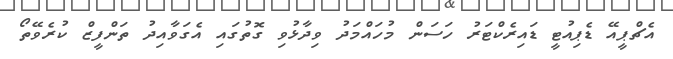
އެޗްޕީއޭ ޑެޕިއުޓީ ޑައިރެކްޓަރު ހަސަން މުހައްމަދު ވިދާޅުވި ގޮތުގައި އެގަވާއިދު ތަންފީޒް ކުރެވޭތޯ